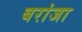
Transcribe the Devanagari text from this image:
बरांजा